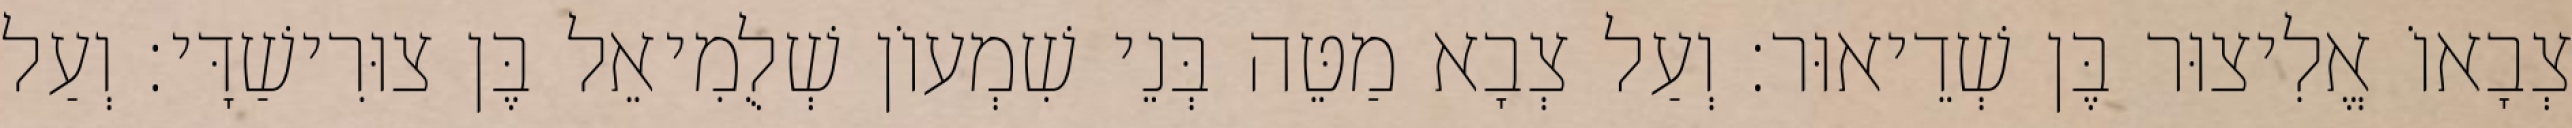
צְבָאוֹ אֱלִיצוּר בֶּן שְׁדֵיאוּר׃ וְעַל צְבָא מַטֵּה בְּנֵי שִׁמְעוֹן שְׁלֻמִיאֵל בֶּן צוּרִישַׁדָּי׃ וְעַל